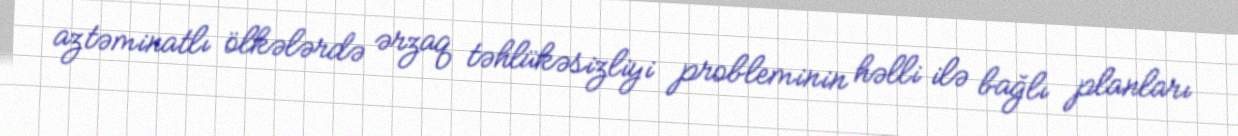
aztəminatlı ölkələrdə ərzaq təhlükəsizliyi probleminin həlli ilə bağlı planları